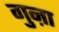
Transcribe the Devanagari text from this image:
गुऩा